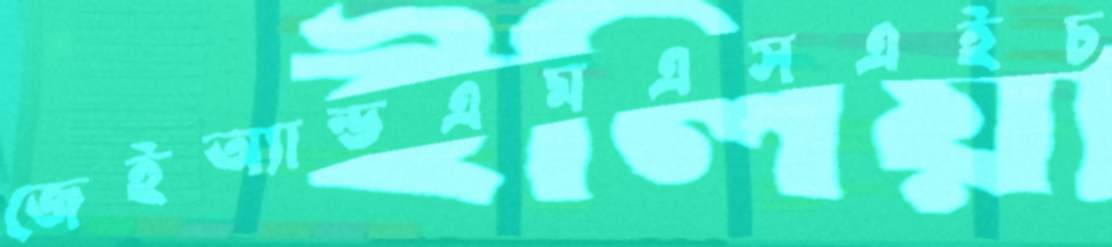
জেইঅ্যান্ডএমএসএইচ